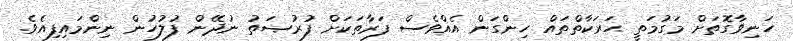
ހަނިވާގޮތަށް މަގުމަތީ ޙަރަކާތްތައް ހިންގަން އެއްވެސް ފަރާތަކަށް ފުރުޞަތު ނުދޭން ފުލުހުން ނިންމައިފިއެވެ.